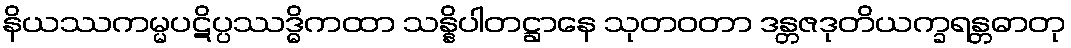
နိယဿကမ္မပဋိပ္ပဿဒ္ဓိကထာ သန္နိပါတဋ္ဌာနေ သုတဝတာ ဒန္တဇဒုတိယက္ခရန္တဓာတု